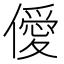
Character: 僾